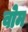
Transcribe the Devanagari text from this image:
वोम